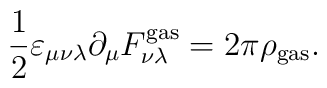
\frac12\varepsilon_{\mu\nu\lambda}\partial_\mu F_{\nu\lambda}^{\rm gas}=2\pi\rho_{\rm gas}.